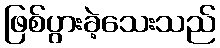
ဖြစ်ပွားခဲ့သေးသည်